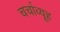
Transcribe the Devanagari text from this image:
चर्चाव्यूह